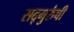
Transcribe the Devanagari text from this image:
सद्‍गुरुंची